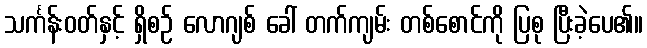
သင်္ကန်းဝတ်နှင့် ရှိစဉ် လောဂျစ် ခေါ် တက်ကျမ်း တစ်စောင်ကို ပြစု ပြီးခဲ့ပေ၏။